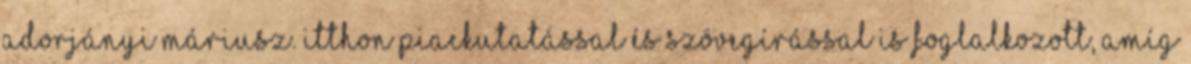
Adorjányi Máriusz. Itthon piackutatással és szövegírással is foglalkozott, amíg